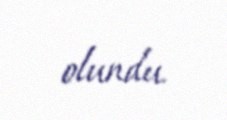
olundu.